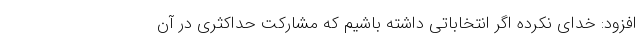
افزود: خدای نکرده اگر انتخاباتی داشته باشیم که مشارکت حداکثری در آن